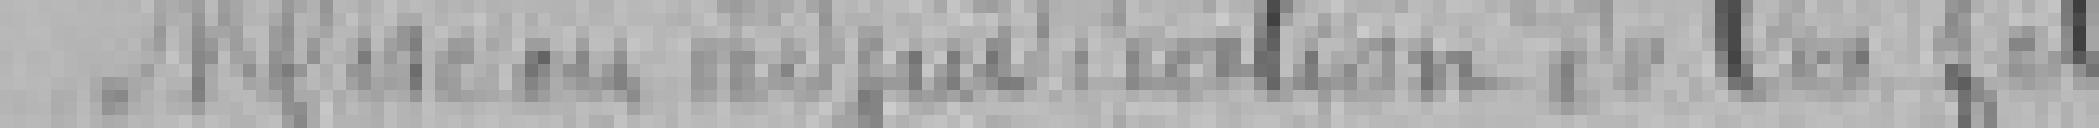
Mise en adjudication de la fête